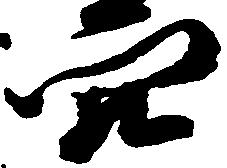
穴